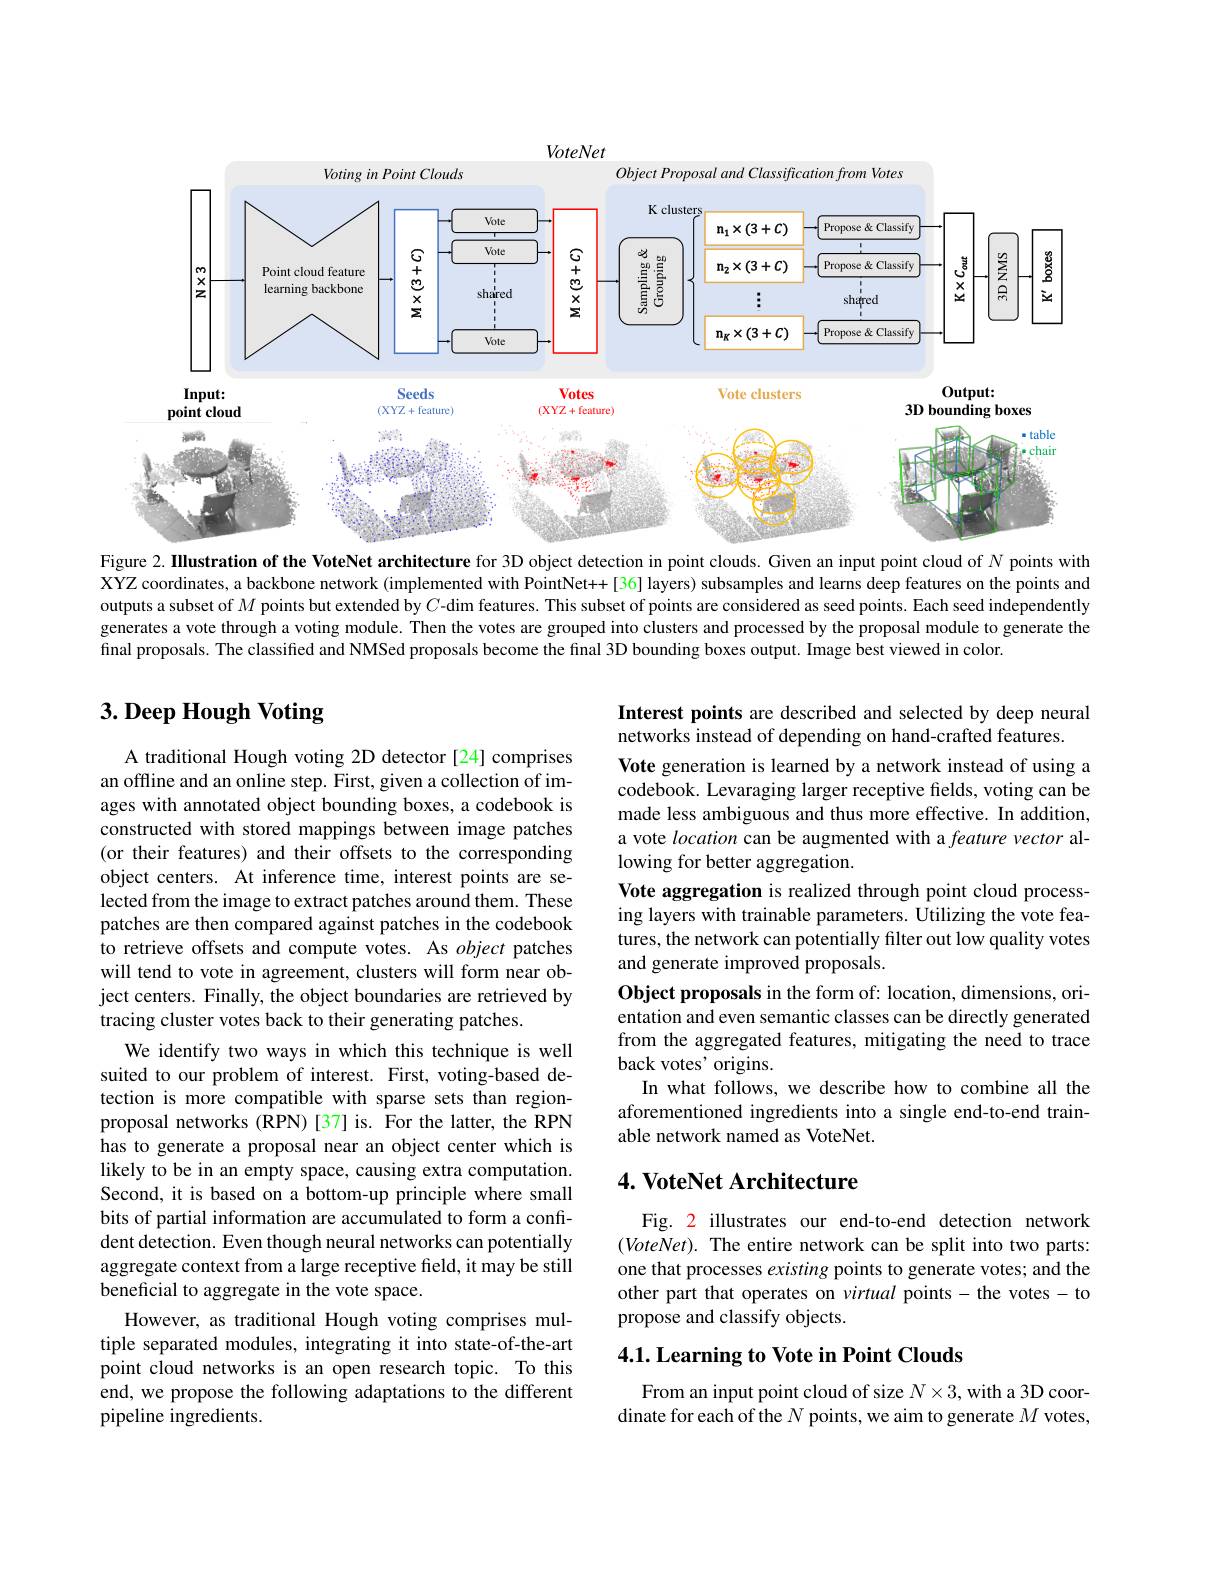
<FigureHere>
Figure 2. Illustration of the VoteNet architecture for 3D object detection in point clouds. Given an input point cloud of $N$ points with

XYZ coordinates, a backbone network (implemented with PointNet++[36] layers) subsamples and learns deep features on the points and outputs a subset of $M$ points but extended by $C$ -dim features. This subset of points are considered as seed points. Each seed independently generates a vote through a voting module. Then the votes are grouped into clusters and processed by the proposal module to generate the final proposals. The classified and NMSed proposals become the final 3D bounding boxes output. Image best viewed in color.

# 3. Deep Hough Voting

Interest points are described and selected by deep neural
networks instead of depending on hand-crafted features.
Vote generation is learned by a network instead of using a codebook. Levaraging larger receptive fields, voting can be made less ambiguous and thus more effective. In addition, a vote location can be augmented with a feature vector allowing for better aggregation.
Vote aggregation is realized through point cloud processing layers with trainable parameters. Utilizing the vote features, the network can potentially filter out low quality votes and generate improved proposals.
Object proposals in the form of: location, dimensions, orientation and even semantic classes can be directly generated from the aggregated features, mitigating the need to trace back votes' origins.
In what follows, we describe how to combine all the aforementioned ingredients into a single end-to-end trainable network named as VoteNet.

A traditional Hough voting 2D detector [24] comprises an offline and an online step. First, given a collection of images with annotated object bounding boxes, a codebook is constructed with stored mappings between image patches (or their features) and their offsets to the corresponding object centers. At inference time, interest points are selected from the image to extract patches around them. These patches are then compared against patches in the codebook to retrieve offsets and compute votes. As object patches will tend to vote in agreement, clusters will form near object centers. Finally, the object boundaries are retrieved by tracing cluster votes back to their generating patches.
We identify two ways in which this technique is well suited to our problem of interest. First, voting-based detection is more compatible with sparse sets than regionproposal networks (RPN)[37] is. For the latter, the RPN has to generate a proposal near an object center which is likely to be in an empty space, causing extra computation. Second, it is based on a bottom-up principle where small bits of partial information are accumulated to form a confident detection. Even though neural networks can potentially aggregate context from a large receptive field, it may be still beneficial to aggregate in the vote space.
However, as traditional Hough voting comprises multiple separated modules, integrating it into state-of-the-art point cloud networks is an open research topic. To this end, we propose the following adaptations to the different pipeline ingredients.

## $4. \textbf{ VoteNet Architecture}$

Fig. 2 illustrates our end-to-end detection network $(VoteNet).$ The entire network can be split into two parts: one that processes existing points to generate votes; and the other part that operates on virtual points-the votes- to propose and classify objects.

## $4. 1. \textbf{Learning to Vote in Point Clouds}$

From an input point cloud of size $N\times3$, with a 3D coordinate for each of the $N$ points, we aim to generate $M$ votes,